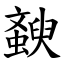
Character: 斔